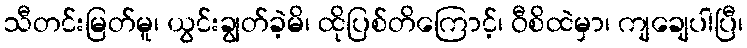
သီတင်းမြတ်မူ၊ ယွင်းချွတ်ခဲ့မိ၊ ထိုပြစ်တိကြောင့်၊ ဝီစိထဲမှာ၊ ကျချေပါပြီ၊